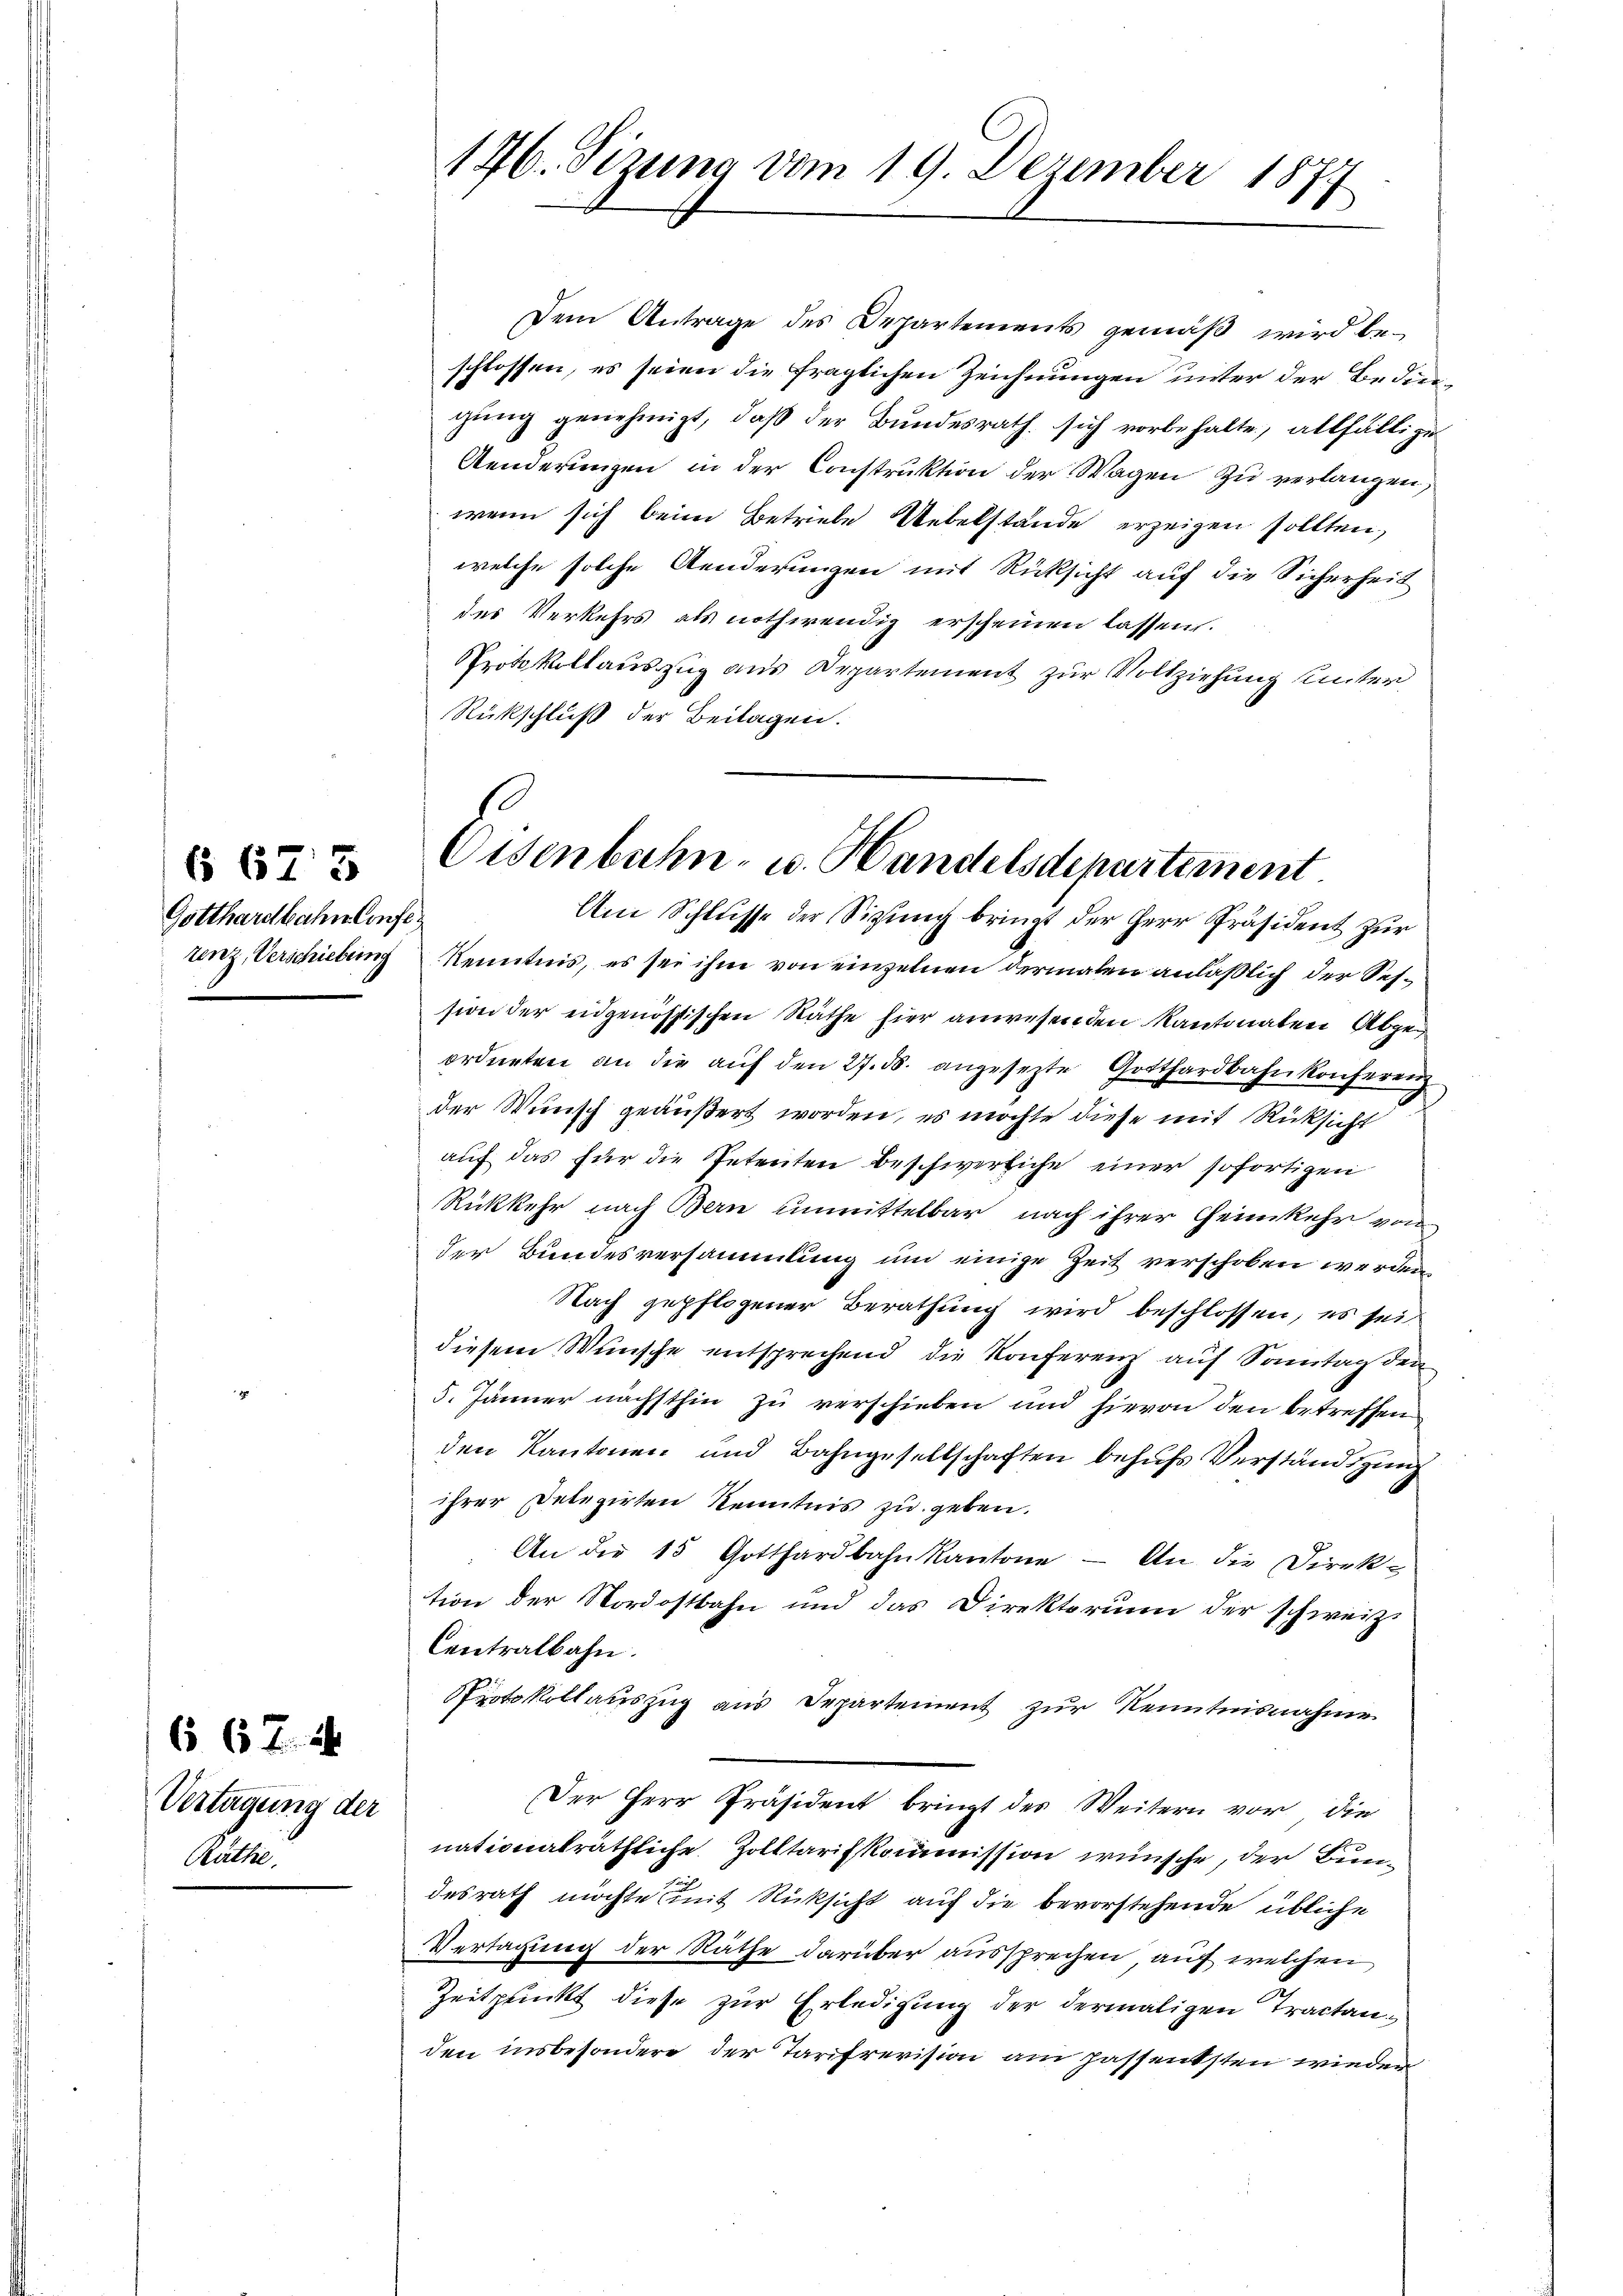
§ 673
Gotthardbahn Confe¬

667. 24

Vertagung der
Räthe.

Dem Antrage des Departements gemäß wird beschlossen, es seien die fraglichen Zeichnungen unter der Bedeugung genehmigt, daß der Bundesrath sich vorbehalte, allfällige
Aenderungen in der Construktion der Wagen zu verlangen,
wenn sich beim Betriebe Uebelstände erzeigen sollten,
welche solche Aenderungen mit Rücksicht auf die Sicherheit
des Verkehrs als nothwendig erscheinen lassen.
Protokollauszug aus Departement zur Vollziehung unter
Rückschluß der Beilagen.

176. Sizung vom 19. Dezember 1877

h
Eisenbahn- u. Handelsdepartement.

Am Schlusse der Sigung bringt der Herr Präsident zur
tenz, Verschiebung Kenntnis, es sei ihm von einzelnen dermalen anläßlich der Session der eidgenössischen Räthe hier anwesenden Kantonaten Abgeordneten an die aŭf den 27. ds. angesezte Gotthardbahnkonferenz
der Wunsch geäußert worden, es möchte diese mit Rücksicht
aŭf das für die Petenten beschwerliche einer sofortigen
Rükkehr nach Bern unmittelbar nach ihrer Heimkehr von
der Bundesversammlung um einige Zeit verschoben werden
Nach gepflogener Berathung wird beschlossen, es sei
diesem Wünsche entsprechend die Konferenz auf Sonntag den
5. Jänner nächsthin zu verschieben und hievon den betreffen
den Kantonen und Bahngesellschaften behufs Verständigung
ihrer Delegirten Kenntnis zu geben.
An der 15 Gotthardbahn kantone - An die Direktion der Nordostbahn und das Direktorium der schweiz.
Centralbahn.
Protokollauszug aus Departement zur Kenntnisnahme
Der Herr Präsident bringt des Weitern vor, die
nationalräthliche Zolltarifskommission wünsche, der Bundesrath möchte mit Rücksicht auf die bevorstehende übliche
Vertagung der Räthe darüber aussprechen, auf welchen
Zeitpunkt diese zur Erledigung der dermaligen Tractanden insbesondere der Tarifrevision am passentsten wieder